[Report on the health of British troops in the Madras command]
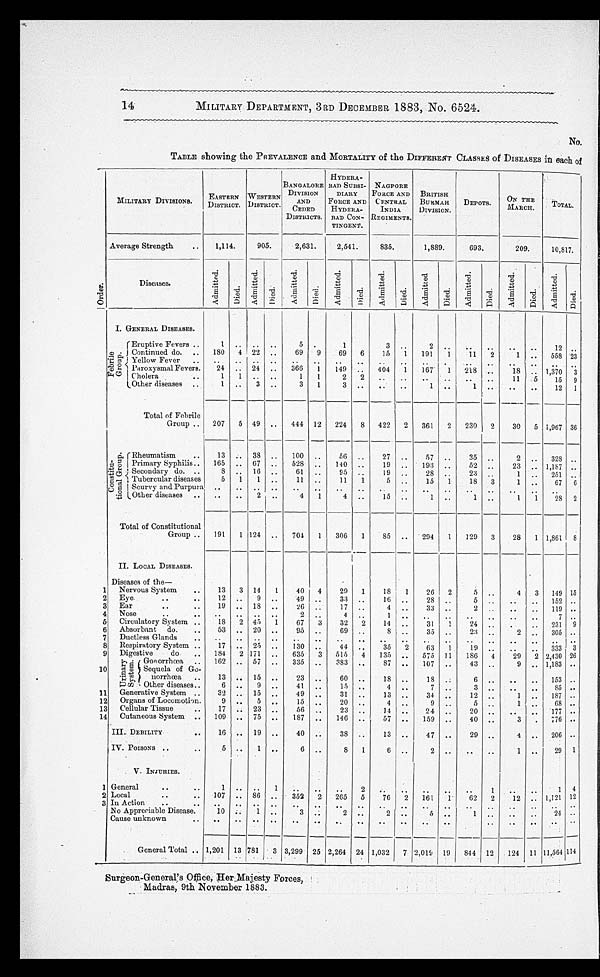
14
MILITARY DEPARTMENT, 3RD DECEMBER 1883, No. 6524.
No.
TABLE showing the PREVALENCE and MORTALITY of the DIFFERENT CLASSES of DISEASES in each of
Or t e r .
MILITARY DIVISIONS.
EASTERN
DISTRICT.
WIST
ESTERN
D I S T R I C T .
BANGALORE
DIVISION
AND
CEDED
DISTRICTS.
HYDERA-
BAD SUBSI-
DIARY
FORCE AND
HYDERA-
BAD CON-
TINGENT.
NAGPORE
FORCE
CENTRAL
INDIA
REGIMENTS.
BRITISH
BUKMAH
DIVISION.
DEPOTS.
ON THE
MARCH.
TOTAL.
Average Strength
..
1,114.
905.
2,631.
2,541.
835.
1,889.
693.
209.
10,817.
Diseases.
A d m i t t e d .
D i e d .
A d m i t t e d .
D i e d .
A d m i t t e d .
D i e d .
A d m i t t e d .
D i e d .
A d m i t t e d .
D i e d .
A d m i t t e d .
Died.
A d m i t t e d .
Died.
A d m i t t e d .
D i e d .
A d m i t t e d .
D i e d .
I. GENERAL DISEASES.
F e b r i l e G r o u p .
Eruptive Fevers ..
1 . .
. . . .
5 .
1
3 ..
2 ..
. .
. .
. .
. .
1 2 . .
Continued do. .. 180 4 22 ..
69 9
69 6
15 1 191
1
11 2
1 .. 558 23
Yellow Fever
. .
. .
. . . .
. . . .
. . . .
. .
. . . .
. . .
. .
. . . .
. .
. .
. .
Paroxysmal Fevers.
24 .. 24 ..
366 1
149 .. 404 1
167 1 218
. . 18
. . 1,370 3
Cholera
. .
1 1 .. ..
1
1
2 2
. . . .
. . . .
. .
. . 11 5
15 9
Other diseases ..
1 ..
3
. .
3 1
3 . .
. . . .
1
. .
1 ..
..
..
12 1
Total of Febrile
Group .. 207 5 49 .. 444 12 224 8 422 2 361 2 230 2
30 5 1,967 36
C o n s t i t u - t i o n a l G r o u p .
Rheumatism
..
13
. .
38 ..
100
. .
56 ..
27 ..
57 ..
35 ..
2 .. 328
. .
Primary Syphilis.. 165 .. 67 ..
528
. . 140 ..
19 ..
193 ..
52 ..
23 .. 1,187
. .
S e c o n d a r y d o . . .
8
. . 16 ..
61 ..
95 ..
19 ..
28 ..
23 ..
1 .. 251
. .
Tubercular diseases
5 1
1 ..
11 ..
11 1
5 ..
15 1
18 3
1
. .
67 6
Scurvy and Purpura ..
. . . .
. .
. .
. .
. .
. .
. . . .
. . ..
. .
. .
. .
. .
..
Other diseases .. ..
..
2 ..
4 1
4 ..
15 ..
1 ..
1 ..
1
1
28 2
Total of Constitutional
Group .. 191
1 124 ..
704 1 306 1
85 ..
294
129 3
28 1 1,861 8
II. LOCAL DISEASES.
1
Diseases of the-
Nervous System
..
13 3 14
1
40 4
29 1
18 1
26 2
5 ..
4 3 149 15
2 Eye.
..
. .
12 ..
9 ..
49
. .
33
. .
16
. .
28
. .
5
. .
. .
. . 152 . .
3 Ear
. . . .
19 .. 18
. .
26
. . 17 ..
4 ..
33
. .
2 ..
..
.. 119 ..
4 Nose
..
. .
. .
. .
. .
. .
2 ..
4 ..
1
. .
. . ..
. .
. .
. .
. .
7 ..
5 Circulatory System ..
18 2 45
1
67 3
32 2
14 ..
31
1
24 ..
.
. . 231 9
6 Absorbant do.
. .
53 .. 20 ..
95 ..
69
. .
8
. .
35
. .
23 ..
2
. . 305 . .
7 Ductless Glands
..
..
.. .. ..
..
. .
. .
. .
. . . .
. . . .
. .
. . . .
..
. .
. .
8 Respiratory System ..
17 .. 25 ..
130 ..
44 ..
35 2
63 1
19
. .
. .
. . 333
3
9 Digestive
do. . . 184 2 171 ..
635 3 515 4 135 .. 575 11 186 4
29 2 2,430 26
10
U r i n a r y S y s t e m . Gonorrhœa
. . 162 .. 57 ..
335 ..
383 ..
87 ..
107 ..
43
. .
9
. . 1,183 ..
Sequela of Go-
norrhcœa
13
. .
15
. .
23 ..
60
. .
18 ..
18
. .
6
. .
. .
. .
153 ..
Other diseases..
6 ..
9 ..
41 ..
15 ..
4 ..
7 ..
3 ..
..
..
85 ..
11 Generative System ..
3 2 .. 15 ..
4 9 ..
31 ..
13 ..
34 ..
12 . .
1
. . 187 . .
12 Organs of Locomotion.
9 ..
5 ..
15
20
. .
4
. .
9 ..
5
. .
1
. . 68 ..
13 Cellular Tissue
..
17 .. 23 ..
56
..
23
..
14 ..
24 ..
20 ..
. .
.. 177 . .
14 Cutaneous System .. 109 .. 75 ..
187 ..
146
. . 57 ..
159
. .
40
. .
3 . 776 ..
III. DEBILITY
..
16 .. 19 ..
40 ..
38 ..
13 ..
47 ..
29
. .
4 .. 206 ..
IV. POISONS
..
5
. . 1 ..
6 ..
8 1
6 ..
2 ..
. .
. .
1 ..
29 1
V.INJURIES.
1 General
..
. .
1
. .
. .
1
. .
. .
. .
2
. . ..
..
. . ..
1
. .
. .
1
4
2 Local
..
.. 107
. . 86
. . 352 2 265 5
76 2 161 1
62 2
12 .. 1,121 12
3 In Action
..
. .
. .
. .
. .
. .
. .
. .
. .
. .
. . . .
. . . .
. .
. .
. .
. .
. .
. .
No Appreciable Disease.
10 ..
1
. .
3
. .
2 ..
2 ..
5 ..
1 ..
..
..
24
. .
Cause unknown
. .
. .
. .
. .
. .
. .
. .
. .
..
. . . . ..
. .
. . ..
. .
. .
. .
. .
General Total .. 1,201 13 781 3 3,299 25 2,264 24 1,032 7 2,019 19 844 12 124 11 11,564 114
Surgeon-General's Office, Her Majesty Forces,
Madras, 9th November 1883.